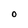
Character: O